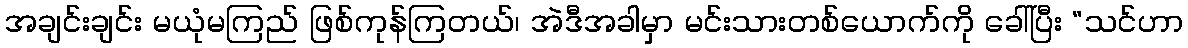
အချင်းချင်း မယုံမကြည် ဖြစ်ကုန်ကြတယ်၊ အဲဒီအခါမှာ မင်းသားတစ်ယောက်ကို ခေါ်ပြီး “သင်ဟာ